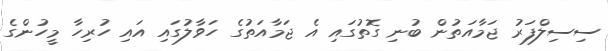
ސިސިލްފަރު ޖަމާއަތުން ބުނި ގޮތުގައި އެ ޖަމާއަތުގެ ހަވާލުގައި އައި ހުރިހާ މީހުންގެ